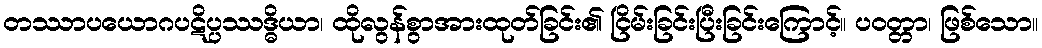
တဿာပယောဂပဋိပ္ပဿဒ္ဓိယာ၊ ထိုလွန်စွာအားထုတ်ခြင်း၏ ငြိမ်းခြင်းပြီးခြင်းကြောင့်။ ပဝတ္တာ၊ ဖြစ်သော။